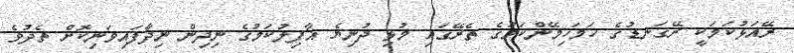
ރޭއަޅުކަމަކީ ރޭގަނޑުގެ ހަމަހިމޭންކަމުގެ ތެރޭގައި މުޅި ދުނިޔެ ޣާފިލުކަމުގެ ނިދިން ނިދާފައިވަނިކޮށް ތެދުވެ